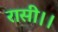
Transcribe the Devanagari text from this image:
रासी।।